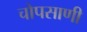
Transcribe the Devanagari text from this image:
चोपसाणी